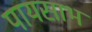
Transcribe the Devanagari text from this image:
पायसाभ